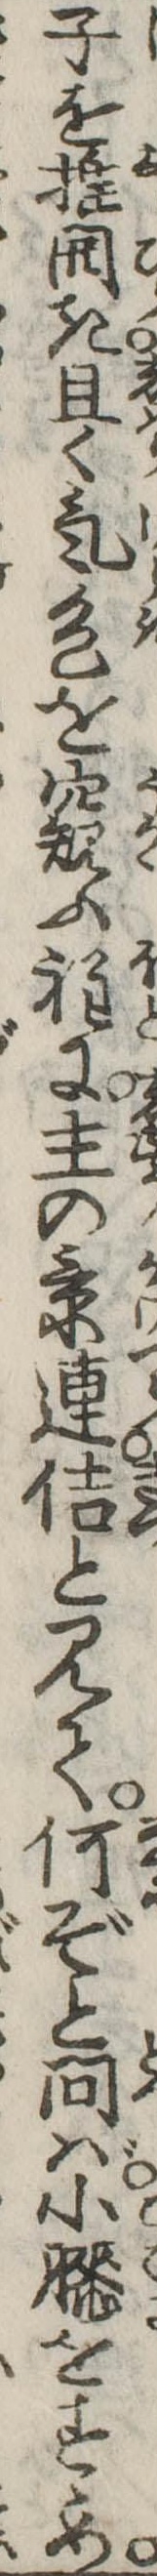
子を推開き且く気色を窺ふ程に主の景連佶と見て何ぞと問ば小膝をすゝめ